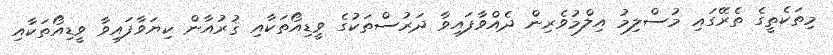
މިތަކެތީގެ ތެރޭގައި މުސްލިމު އިލްމުވެރިން ދެއްވާފައިވާ ދަރުސްތަކުގެ ވީޑިއޯތަކާއި ޤުރުއާން ކިޔަވާފައިވާ ވީޑިއޯތަކާއި